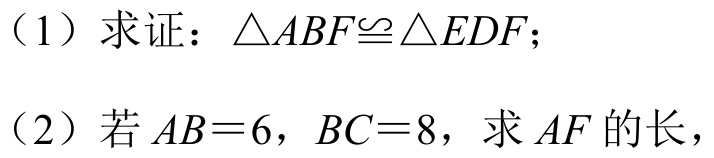
（1）求证：\(\triangle ABF\cong\triangle EDF\)；
（2）若\(AB = 6\)，\(BC = 8\)，求\(AF\)的长，